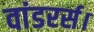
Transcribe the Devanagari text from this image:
वांडरर्स।